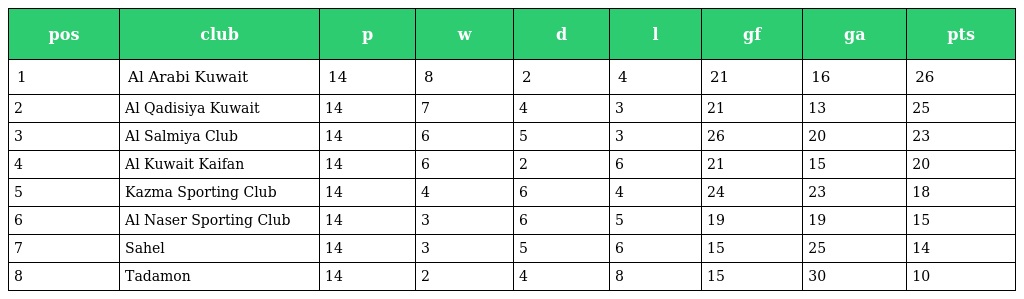
| pos | club | p | w | d | l | gf | ga | pts |
 | --- | --- | --- | --- | --- | --- | --- | --- | --- |
 | 1 | Al Arabi Kuwait | 14 | 8 | 2 | 4 | 21 | 16 | 26 |
 | 2 | Al Qadisiya Kuwait | 14 | 7 | 4 | 3 | 21 | 13 | 25 |
 | 3 | Al Salmiya Club | 14 | 6 | 5 | 3 | 26 | 20 | 23 |
 | 4 | Al Kuwait Kaifan | 14 | 6 | 2 | 6 | 21 | 15 | 20 |
 | 5 | Kazma Sporting Club | 14 | 4 | 6 | 4 | 24 | 23 | 18 |
 | 6 | Al Naser Sporting Club | 14 | 3 | 6 | 5 | 19 | 19 | 15 |
 | 7 | Sahel | 14 | 3 | 5 | 6 | 15 | 25 | 14 |
 | 8 | Tadamon | 14 | 2 | 4 | 8 | 15 | 30 | 10 |